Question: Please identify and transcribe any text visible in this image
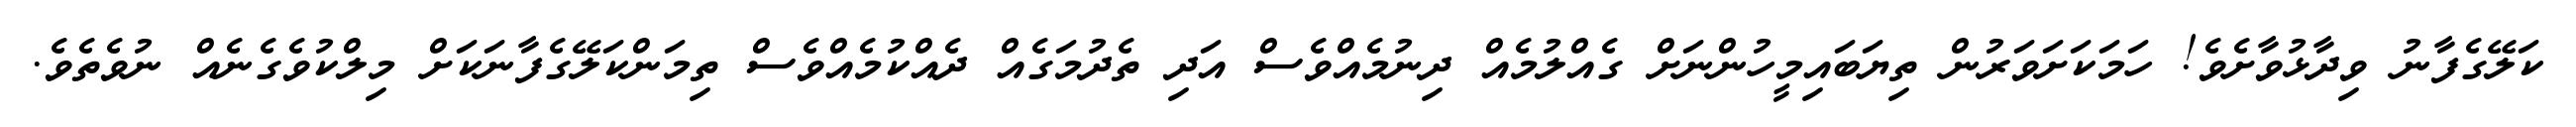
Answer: ކަލޭގެފާނު ވިދާޅުވާށެވެ! ހަމަކަށަވަރުން ތިޔަބައިމީހުންނަށް ގެއްލުމެއް ދިނުމެއްވެސް އަދި ތެދުމަގެއް ދެއްކުމެއްވެސް ތިމަންކަލޭގެފާނަކަށް މިލްކުވެގެނެއް ނުވެތެވެ.